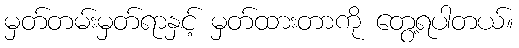
မှတ်တမ်းမှတ်ရာနှင့် မှတ်ထားတာကို တွေ့ရပါတယ်။